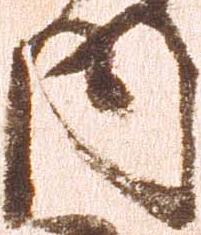
内